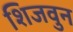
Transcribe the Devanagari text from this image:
शिजवुन